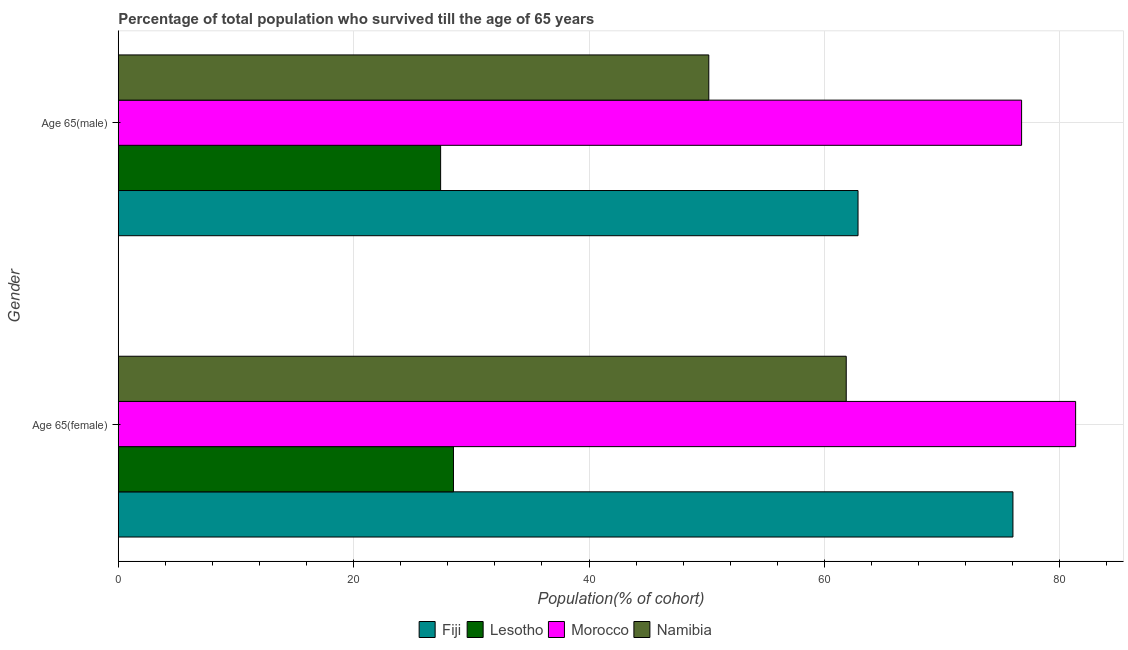
| Gender | Fiji | Lesotho | Morocco | Namibia |
 | --- | --- | --- | --- | --- |
 | Age 65(female) | 76 | 28.5 | 81.4 | 61.9 |
 | Age 65(male) | 62.9 | 27.4 | 76.8 | 50.2 |